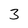
Character: 3